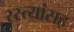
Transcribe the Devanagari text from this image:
रस्त्यांसह